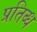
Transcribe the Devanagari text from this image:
प्रतिब्ध